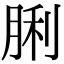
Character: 脷